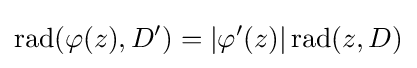
\operatorname {rad} (\varphi (z),D')=|\varphi '(z)|\operatorname {rad} (z,D)